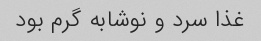
غذا سرد و‌ نوشابه گرم بود